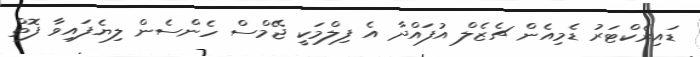
ޑައިރެކްޓަރު ޑެމިއެން ޗެޒެލް އުފައްދާ އެ ފިލްމަކީ ޖޭމްސް ހެންސެން ލިޔެފައިވާ ފޮތް